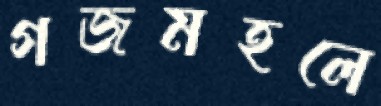
গজমহলে